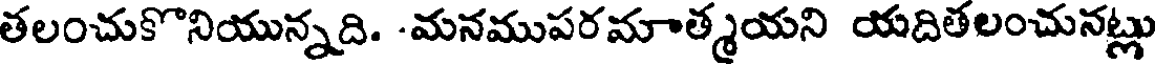
తలంచుకొనియున్నది. -మనముపరమాత్మయని యదితలంచునట్లు